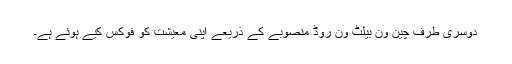
دوسری طرف چین ون بیلٹ ون روڈ منصوبے کے ذریعے اپنی معیشت کو فوکس کیے ہوئے ہے۔